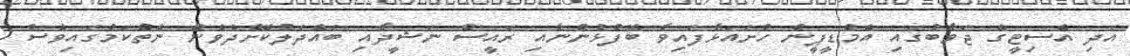
އަދި އެސިޓީގެ ޖަވާބުގައި އެމްޑީޕީން ހުށައަޅާފައިވާ ބޭފުޅުންނާއި ރައީސް ނަޝީދާއި ބައްދަލުކޮށްދެވެން ނެތްކަމުގައިވެސް